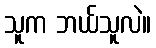
သူက ဘယ်သူလဲ။